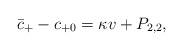
LaTeX: \begin{align*} \bar{c}_+-c_{+0}=\kappa v+P_{2,2},\end{align*}